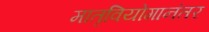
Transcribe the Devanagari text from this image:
मातृवियोगानंतर